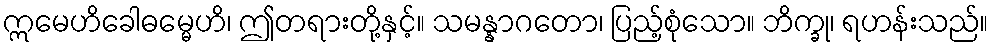
ဣမေဟိခေါဓမ္မေဟိ၊ ဤတရားတို့နှင့်။ သမန္နာဂတော၊ ပြည့်စုံသော။ ဘိက္ခု၊ ရဟန်းသည်။